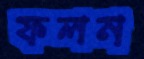
ফলন